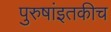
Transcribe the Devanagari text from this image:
पुरुषांइतकीच